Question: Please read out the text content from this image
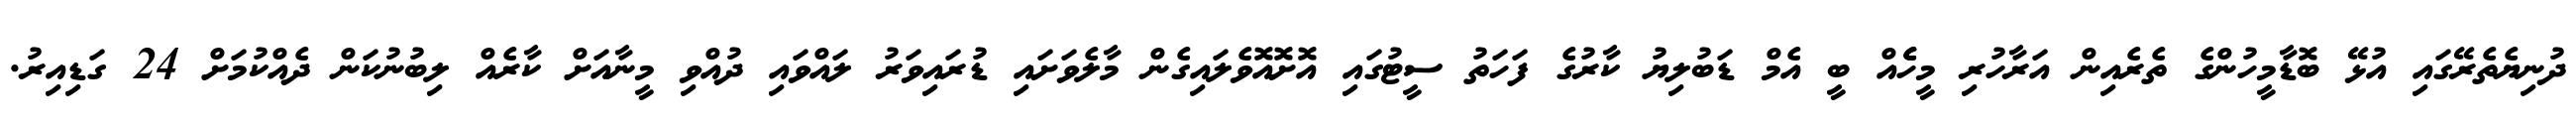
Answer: ދުނިޔެތެރޭގައި އުޅޭ ބޮޑާމީހުންގެ ތެރެއިން އަރާހުރި މީހެެއް ބީ އެމް ޑަބުލިޔު ކާރުގެ ފަހަތު ސީޓުގައި އޮށޮއޮވެލައިގެން މާލެވަށައި ޑުރައިވަރު ލައްވައި ދުއްވި މީނާއަށް ކާރެއް ލިބުނުކަން ދެއްކުމަށް 24 ގަޑިއިރު.